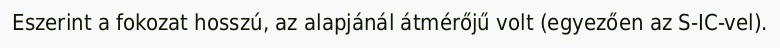
Eszerint a fokozat hosszú, az alapjánál átmérőjű volt (egyezően az S-IC-vel).